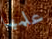
علمها